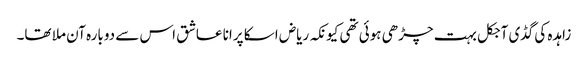
زاہدہ کی گڈی آجکل بہت چڑھی ہوئی تھی کیونکہ ریاض اسکا پرانا عاشق اس سے دوبارہ آن ملا تھا۔